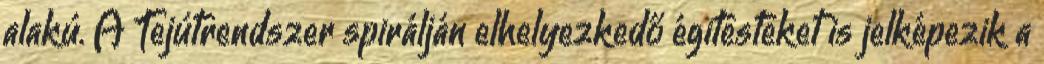
alakú. A Tejútrendszer spirálján elhelyezkedő égitesteket is jelképezik a